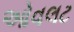
ઓવલટ